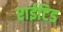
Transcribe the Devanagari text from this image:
राईटिड